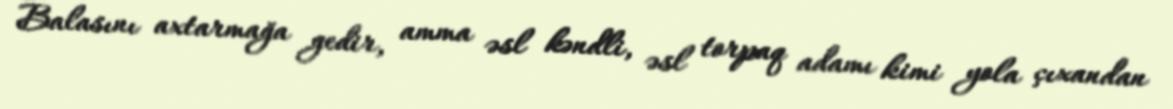
Balasını axtarmağa gedir, amma əsl kəndli, əsl torpaq adamı kimi yola çıxandan